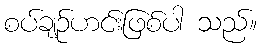
စပ်ချဉ်ဟင်းဖြစ်ပါ သည်။